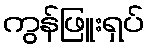
ကွန်ဖြူးရှပ်